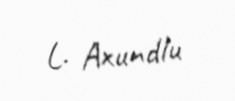
L. Axundlu